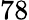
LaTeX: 78